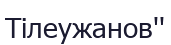
Тілеужанов''